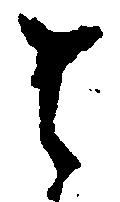
は